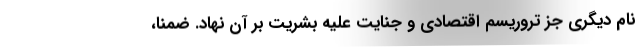
نام دیگری جز تروریسم اقتصادی و جنایت علیه بشریت بر آن نهاد. ضمناً،